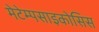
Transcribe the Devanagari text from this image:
मेटेम्पसाइकोसिस